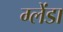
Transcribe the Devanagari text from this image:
ग्लेंडा